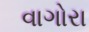
વાગોરા